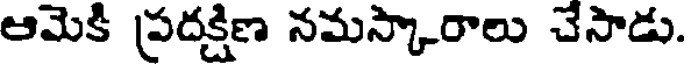
ఆమెకీ ప్రదక్షిణ నమస్కారాలు చేసాడు.